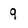
Character: 9